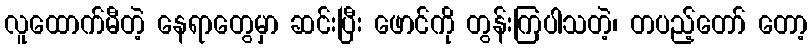
လူထောက်မီတဲ့ နေရာတွေမှာ ဆင်းပြီး ဖောင်ကို တွန်းကြပါသတဲ့၊ တပည့်တော် တော့